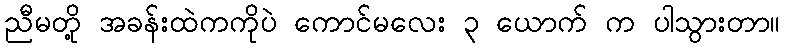
ညီမတို့ အခန်းထဲကကိုပဲ ကောင်မလေး ၃ ယောက် က ပါသွားတာ။